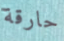
حارقة